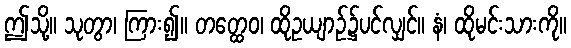
ဤသို့။ သုတွာ၊ ကြား၍။ တတ္ထေဝ၊ ထိုဥယျာဉ်၌ပင်လျှင်။ နံ၊ ထိုမင်းသားကို။